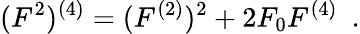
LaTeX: (F^{2})^{(4)}=(F^{(2)})^{2}+2F_{0}F^{(4)}\ \ .